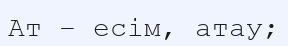
Ат – есім, атау;